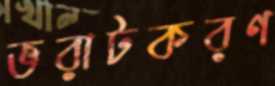
ভরাটকরণ